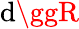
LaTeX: \mathrm{d}\ggR